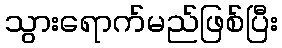
သွားရောက်မည်ဖြစ်ပြီး